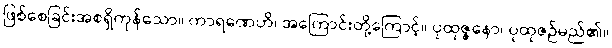
ဖြစ်စေခြင်းအစရှိကုန်သော။ ကာရဏေဟိ၊ အကြောင်းတို့ကြောင့်။ ပုထုဇ္ဇနော၊ ပုထုဇဉ်မည်၏။